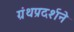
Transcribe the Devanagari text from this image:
ग्रंथप्रदर्शने